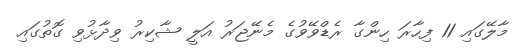
މާލޭގައި 11 ފިހާރަ ހިންގާ ރެޑްވޭވުގެ މެނޭޖަރު އަލީ ޝާކިރު ވިދާޅުވި ގޮތުގައި